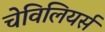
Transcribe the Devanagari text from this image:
चेविलियर्स